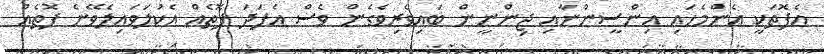
އެފޮތަކީ އެންމެހައި އިންސީންނާއި ޖިންނީން ބައިވެރިވެގެން ވެސް އެފަދަ ފޮތެއް އެކުލަވައިލެވޭނެ ފޮތެއް